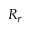
R _ { r }